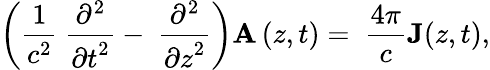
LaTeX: \left(\frac{1}{c^{2}}\ \frac{{\partial}^{2}}{{\partial t}^{2}}-\ \frac{{\partial}^{2}}{{\partial z}^{2}}\right){\mathbf A}\left(z,t\right)=\ \frac{4\pi}{c}{\mathbf J}(z,t),